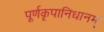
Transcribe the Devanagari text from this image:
पूर्णकृपानिधानम्